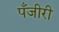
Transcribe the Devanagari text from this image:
पँजीरी